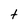
Character: t